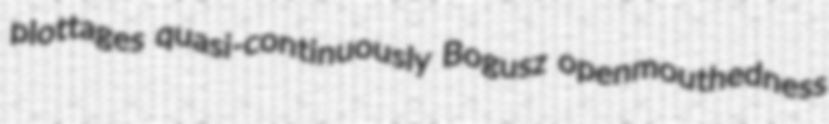
plottages quasi-continuously Bogusz openmouthedness